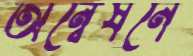
অন্বেষনে